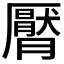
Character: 𣎩